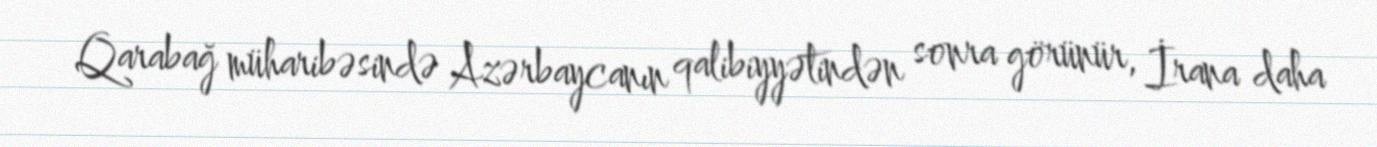
Qarabağ müharibəsində Azərbaycanın qalibiyyətindən sonra görünür, İrana daha